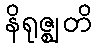
နိရုဇ္ဈတိ